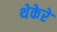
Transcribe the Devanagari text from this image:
थेकेरे